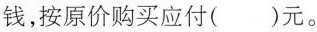
钱，按原价购买应付( )元。